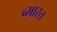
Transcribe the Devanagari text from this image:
ब्भारत